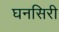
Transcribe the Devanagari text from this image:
घनसिरी